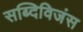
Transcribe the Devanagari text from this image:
सब्दिविजंस